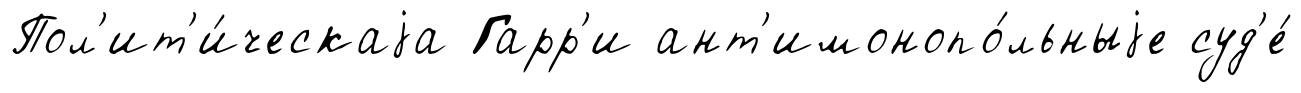
Пол'ит'и́ческаjа Гарр'и ант'имонопо́льныjе суд'е́